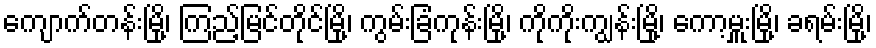
ကျောက်တန်းမြို့၊ ကြည့်မြင်တိုင်မြို့၊ ကွမ်းခြံကုန်းမြို့၊ ကိုကိုးကျွန်းမြို့၊ ကော့မှူးမြို့၊ ခရမ်းမြို့၊